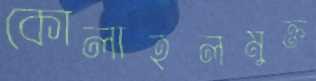
কোলাহলমুক্ত